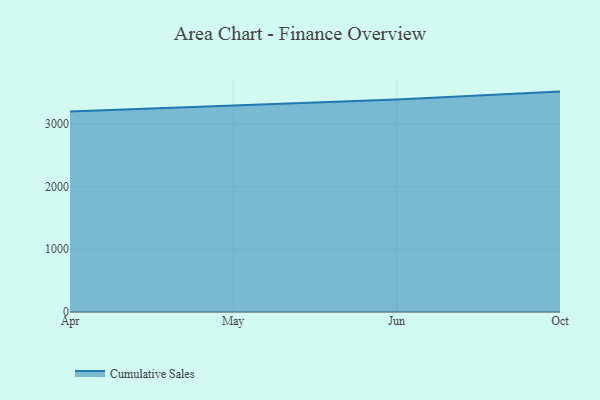
{"axis": {"x": "Month", "y": "Headcount"}, "legend": ["Cumulative Sales"], "data": [{"x": "Apr", "y": 3195.2, "type": "Cumulative Sales"}, {"x": "May", "y": 3288.7, "type": "Cumulative Sales"}, {"x": "Jun", "y": 3387.2, "type": "Cumulative Sales"}, {"x": "Oct", "y": 3513.7, "type": "Cumulative Sales"}]}